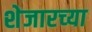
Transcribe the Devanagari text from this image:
शेजारच्‍या